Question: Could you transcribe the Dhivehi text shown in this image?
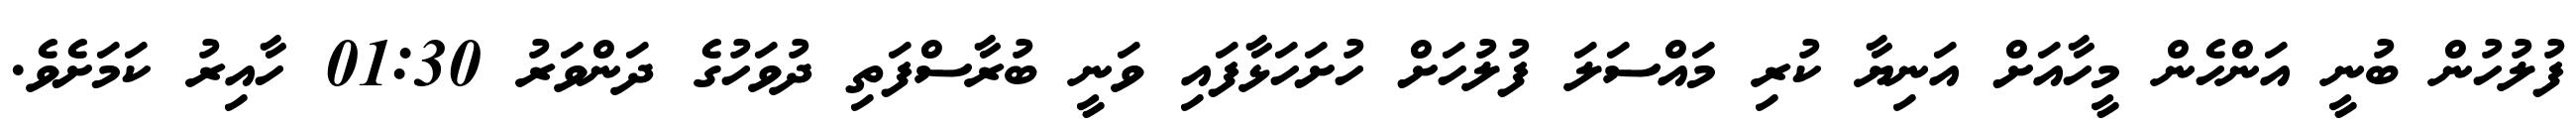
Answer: ފުލުހުން ބުނީ އަންހެން މީހާއަށް އަނިޔާ ކުރި މައްސަލަ ފުލުހަށް ހުށަހަޅާފައި ވަނީ ބުރާސްފަތި ދުވަހުގެ ދަންވަރު 01:30 ހާއިރު ކަމަށެވެ.